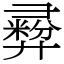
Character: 彛